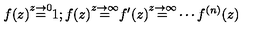
f ( z ) { \stackrel { z \to 0 } { = } } 1 ; f ( z ) { \stackrel { z \to \infty } { = } } f ^ { \prime } ( z ) { \stackrel { z \to \infty } { = } } \cdots f ^ { ( n ) } ( z ) \,